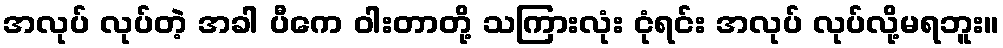
အလုပ် လုပ်တဲ့ အခါ ပီကေ ဝါးတာတို့ သကြားလုံး ငုံရင်း အလုပ် လုပ်လို့မရဘူး။